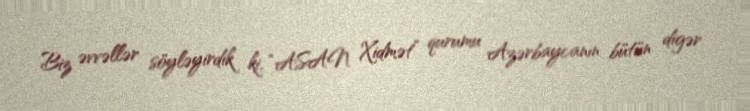
Biz əvvəllər söyləyirdik ki, “ASAN Xidmət” qurumu Azərbaycanın bütün digər